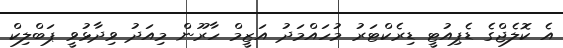
އެ ކޮލެޖްގެ ޑެޕިއުޓީ ޑިރެކްޓަރު މުހައްމަދު އަޒީމް ހާރޫން މިއަދު ވިދާޅުވީ ޕަބްލިކް